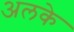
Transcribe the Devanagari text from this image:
अलके